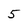
Character: 5